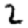
Digit: 2